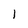
Character: I